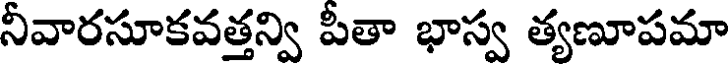
నీవారసూకవత్తన్వి పీతా భాస్వ త్యణూపమా